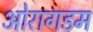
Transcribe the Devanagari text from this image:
ओरागडम